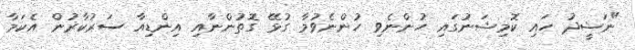
"ނަޝީދު ހައި ކޮމިޝަނުގައި ހުންނެވި ހުންނެވުމާ ގުޅޭ ގޮތުންނާއި އިންޑިއާ ސަރުކާރުން އެކަމާ